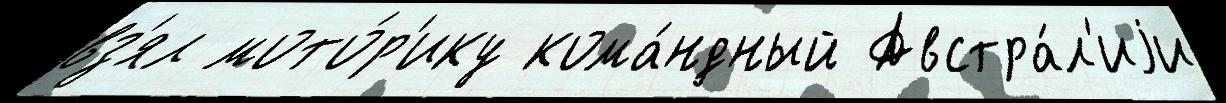
вз'ял мото́р'ику кома́ндный Австра́л'иjи